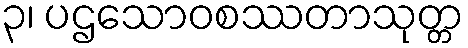
၃၊ ပဌသောဝစဿတာသုတ္တ